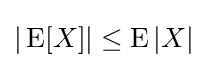
|\operatorname {E} [X]|\leq \operatorname {E} |X|